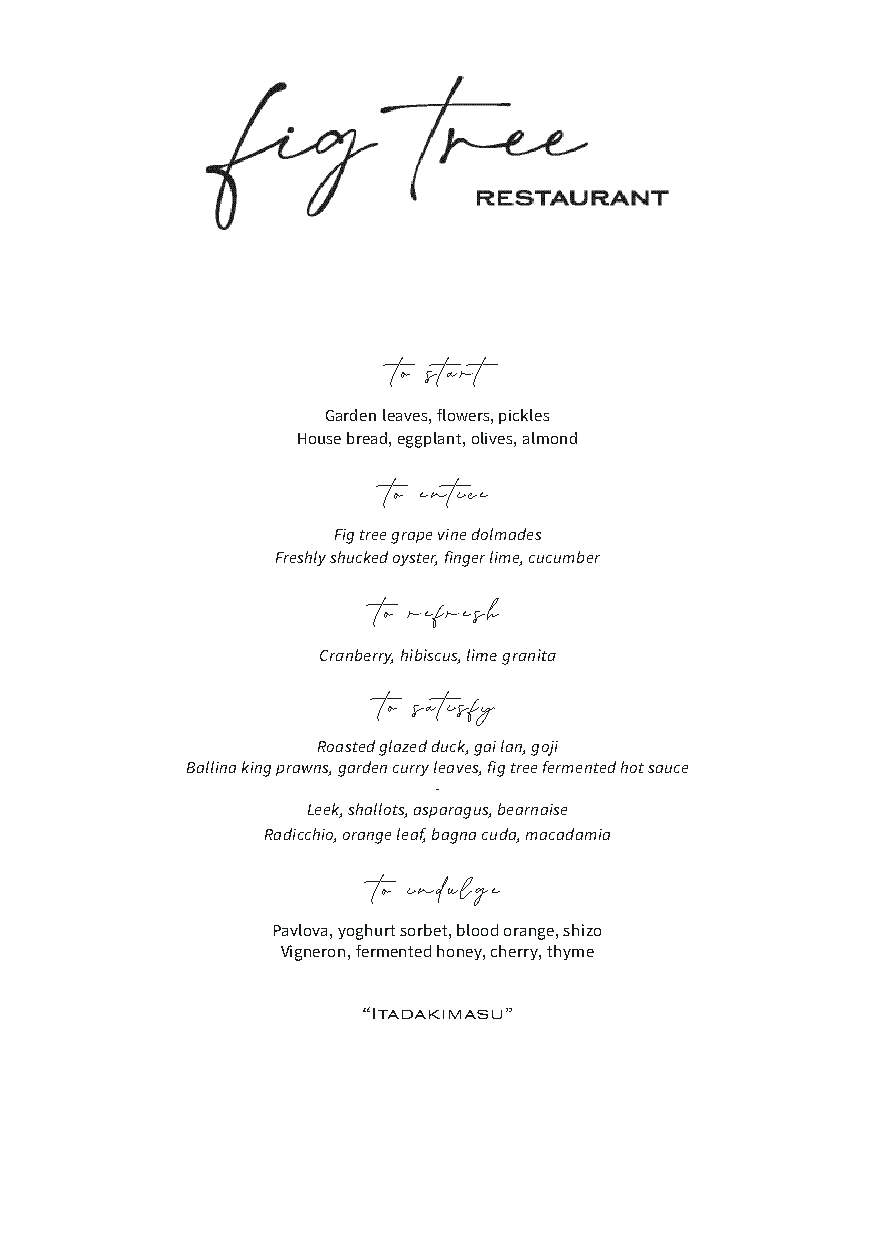
to start
 Garden leaves, flowers, pickles
 House bread, eggplant, olives, almond
 to entice
 Fig tree grape vine dolmades
 Freshly shucked oyster, finger lime, cucumber
 to refresh
 Cranberry, hibiscus, lime granita
 to satisfy
 Roasted glazed duck, gai lan, goji
 Ballina king prawns, garden curry leaves, fig tree fermented hot sauce
 -
 Leek, shallots, asparagus, bearnaise
 Radicchio, orange leaf, bagna cuda, macadamia
 to indulge
 Pavlova, yoghurt sorbet, blood orange, shizo
 Vigneron, fermented honey, cherry, thyme
 “Itadakimasu”